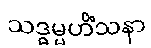
သဒ္ဓမ္မဟိံသနာ